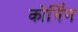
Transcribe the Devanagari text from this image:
कोर्निंग